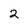
Character: 2